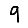
Digit: 9